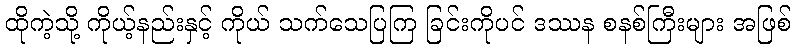
ထိုကဲ့သို့ ကိုယ့်နည်းနှင့် ကိုယ် သက်သေပြကြ ခြင်းကိုပင် ဒဿန စနစ်ကြီးများ အဖြစ်